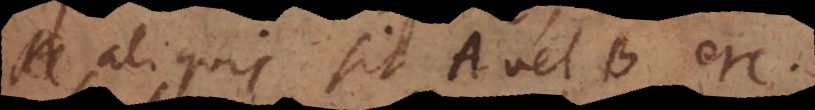
quis sit A vel B etc.